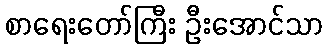
စာရေးတော်ကြီး ဦးအောင်သာ